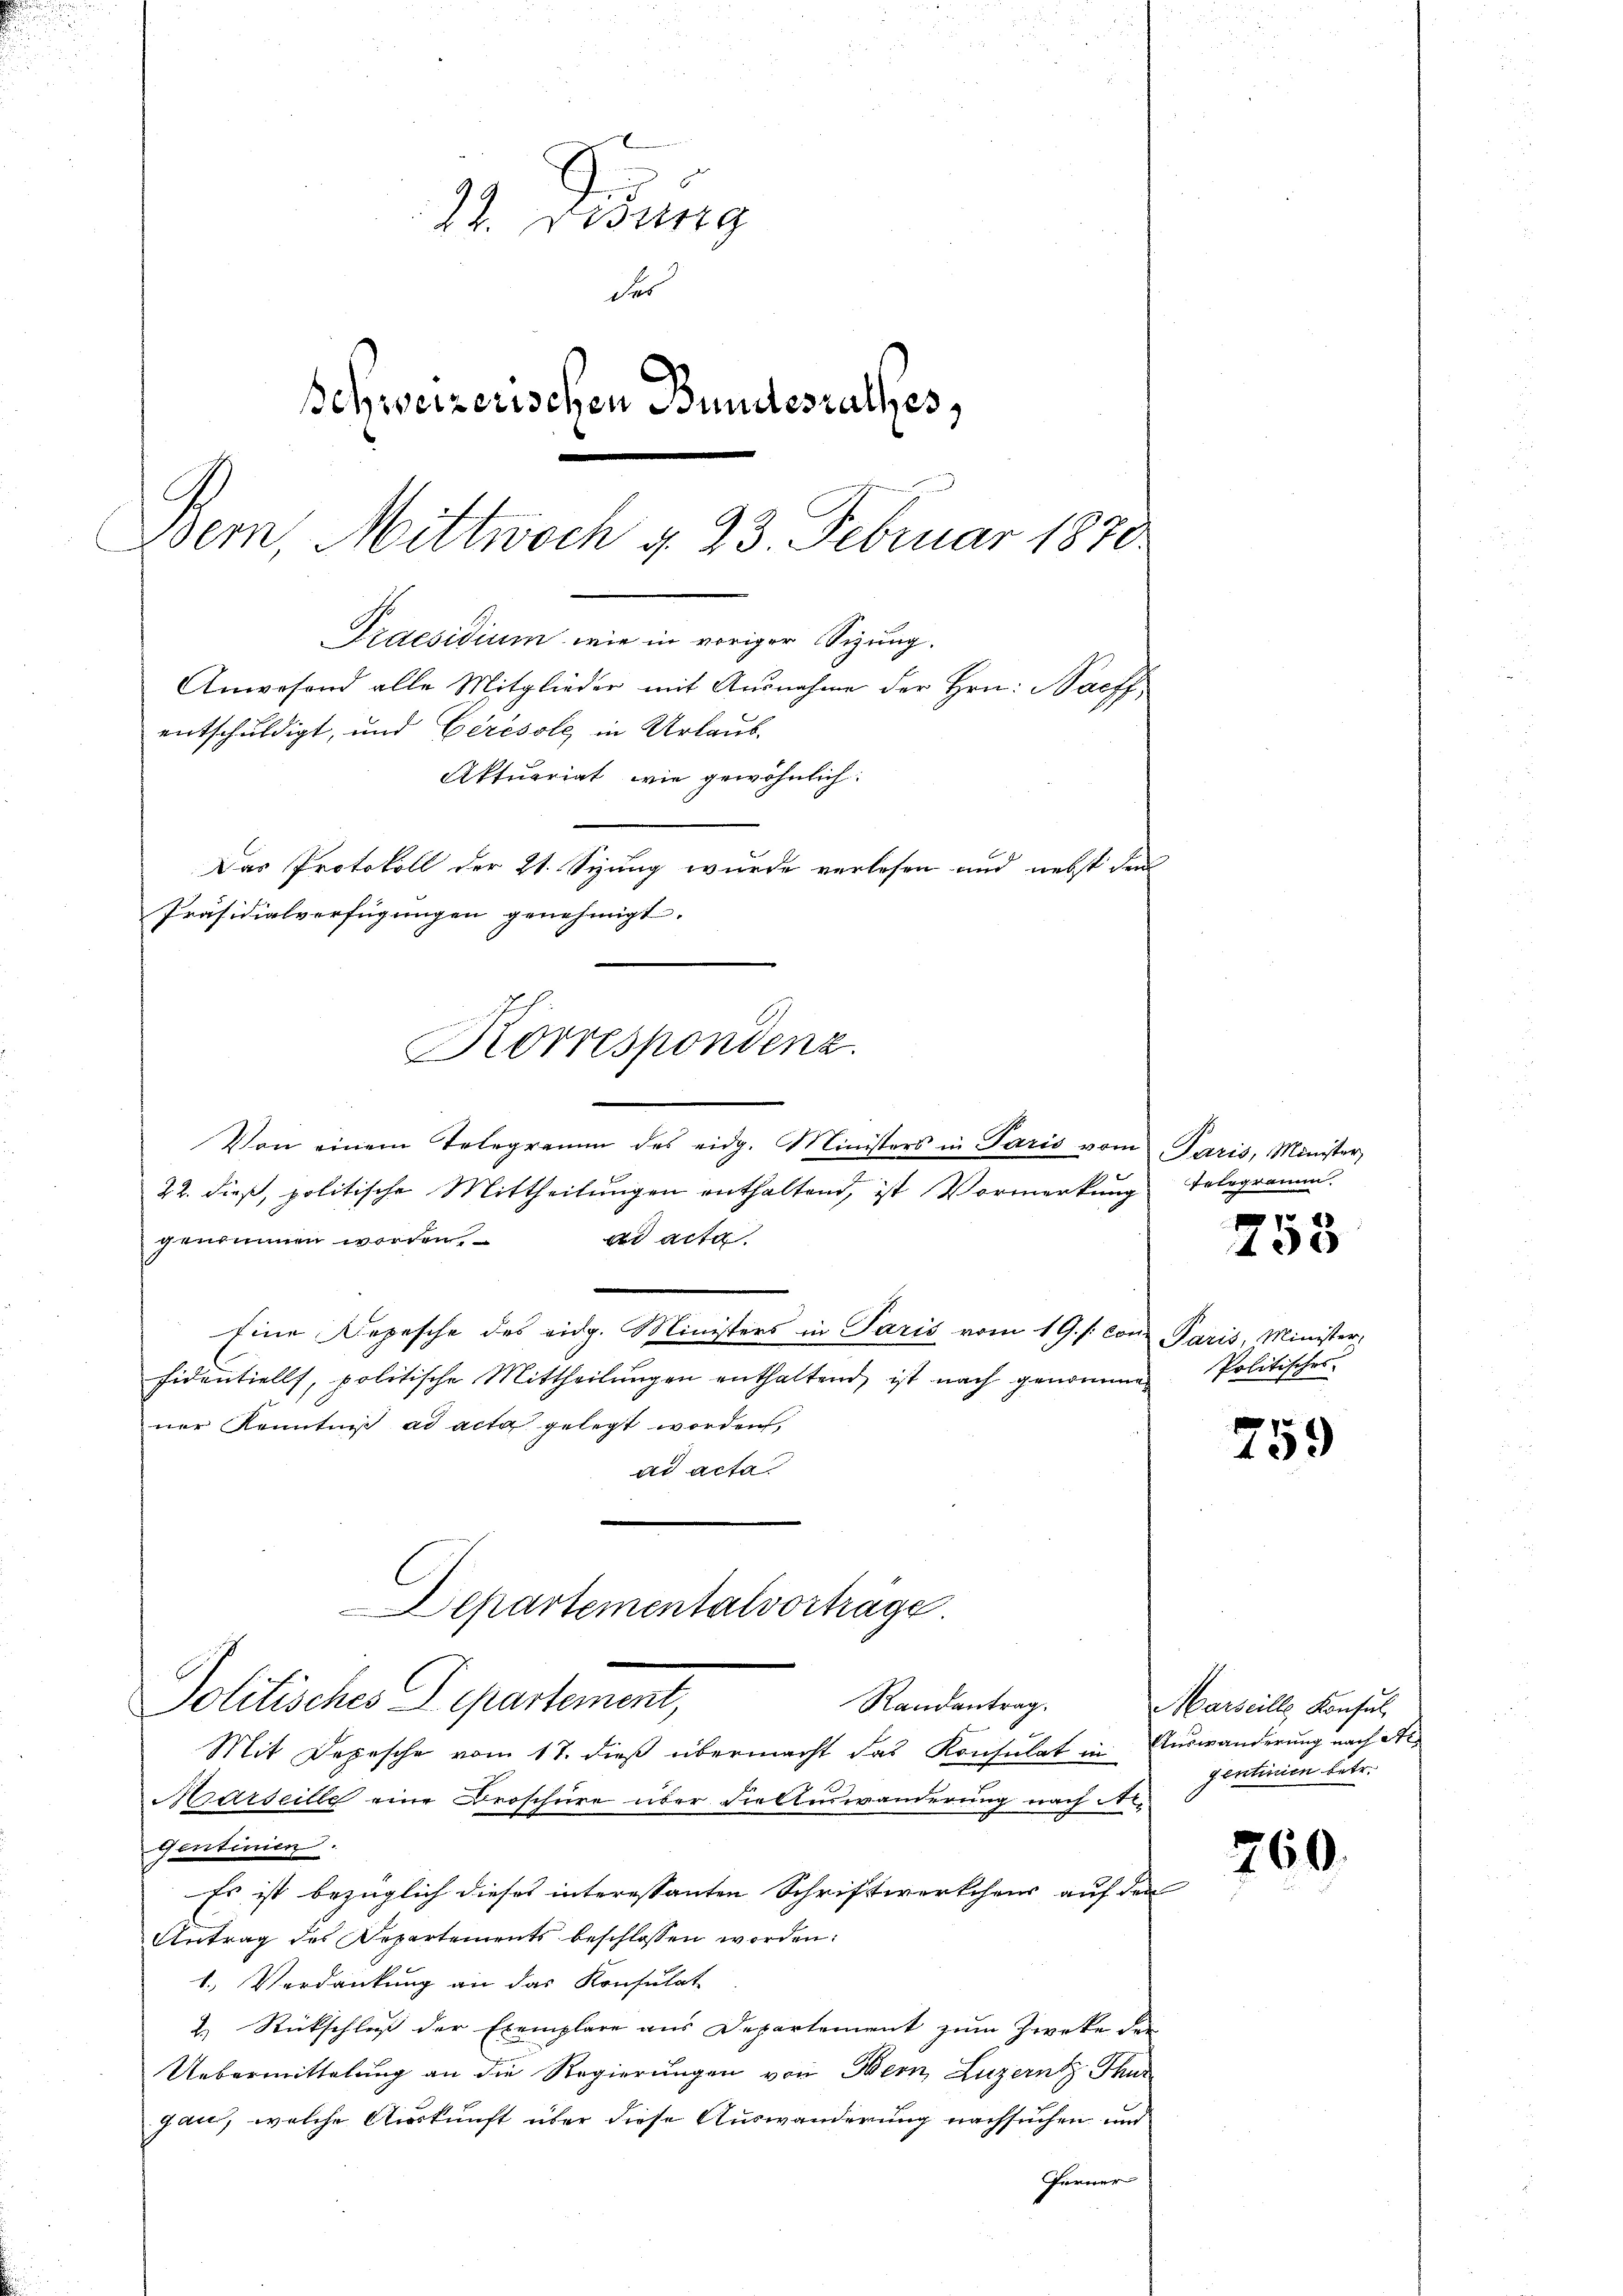
24. Desung
d.
Schweizerischen Bundesrathes,
Bern, Mittwoch d. 23. Februar 1870

entschuldigt, und Ceresole in Urlaub-
Das Protokoll der 21. Syung wurde verlesen und nebst dem
Präsidialverfügungen genehmigt. |
Korrespondenz.

Von einem Telegramm des eidg. Ministers in Paris vom Paris, Minister,
22. dieß, politische Mittheilungen enthaltend, ist Vormerkung
ad acta
genommen worden.
Eine Depesche des eidg. Ministers in Paris vom 19. s. con Paris, Minister,
fidentiell, politische Mittheilungen enthaltend, ist nach genommen. Politischer
ner Kenntniß ad acta gelegt worden,
ad acta
Departementalvorträge
Politisches Departement,
Randantrag.
Mit Depesche vom 17. dieß übermacht das Konsulat in Auswanderung nach et¬
Marseille eine Broschüre über Viellenswanderung nach Ar¬
Gentinien.
Es ist bezüglich dieses interessanten Schriftwerkchens auf den
Antrag des Departements beschlossen worden:
1.) Verdankung an das Konsulat
2. Rückschluß der Exemplare aus Departement zum Zwecke der
Uebermittelung an die Regierungen von Bern, Luzern Thur
gan, welche Auskunft über diese Auswanderung nachsuchen und
ferner

Aktuariat, wie gewöhnlich:

Praesidium wie in voriger Sizung.
Anwesend alle Mitglieder mit Ausnahme der Hrn. Bacff

Telegramm.

x
408

759

Marseille Konsul
gentinien betr.

260.